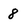
Character: 8